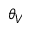
\theta _ { V }